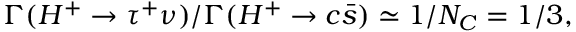
\Gamma ( H ^ { + } \to \tau ^ { + } \nu ) / \Gamma ( H ^ { + } \to c \bar { s } ) \simeq 1 / N _ { C } = 1 / 3 ,